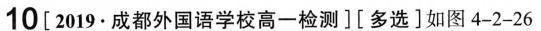
10[2019.成都外国语学校高一检测][多选]如图4-2-26